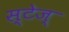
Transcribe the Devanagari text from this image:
स्टेज्